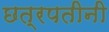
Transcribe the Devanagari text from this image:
छत्रपतीनी